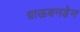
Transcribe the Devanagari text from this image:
ग्राऊबनडेन